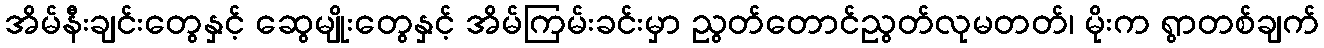
အိမ်နီးချင်းတွေနှင့် ဆွေမျိုးတွေနှင့် အိမ်ကြမ်းခင်းမှာ ညွတ်တောင်ညွတ်လုမတတ်၊ မိုးက ရွာတစ်ချက်